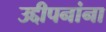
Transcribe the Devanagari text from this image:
उद्दीपनांना